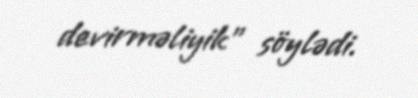
devirməliyik” söylədi.